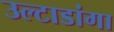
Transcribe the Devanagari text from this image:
उल्टाडांगा